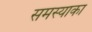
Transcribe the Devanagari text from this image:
समस्याका